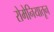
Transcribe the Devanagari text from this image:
रोमेनियातून